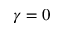
\gamma = 0